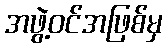
အဖွဲ့ဝင်အဖြစ်မှ